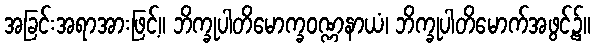
အခြင်းအရာအားဖြင့်။ ဘိက္ခုပါတိမောက္ခဝဏ္ဏနာယံ၊ ဘိက္ခုပါတိမောက်အဖွင့်၌။